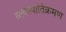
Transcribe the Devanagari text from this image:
व्यवस्थातिक्रमण